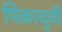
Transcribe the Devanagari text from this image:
पिकाचुची